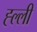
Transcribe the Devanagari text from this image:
ह्ल्ली